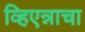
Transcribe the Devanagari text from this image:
व्हिएन्नाचा